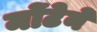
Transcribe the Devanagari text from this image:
मोंटेने